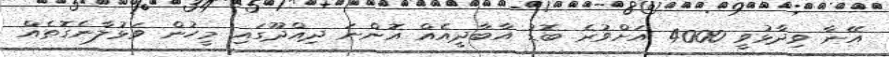
އޭނާ ވިދާޅުވީ 4000 އަށްވުރެ ބޮޑު އާބާދީއެއް އޮންނަ ދިއްދޫގައި މީހުން ވަޅުލާނެގޮތެއް